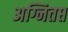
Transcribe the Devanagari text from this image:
अग्नितप्त